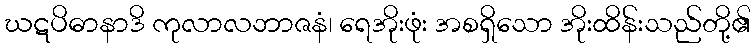
ဃဋပိဓာနာဒိ ကုလာလဘာဇနံ၊ ရေအိုးဖုံး အစရှိသော အိုးထိန်းသည်တို့၏